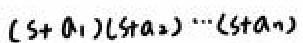
\((s + a_1)(s + a_2)\cdots(s + a_n)\)